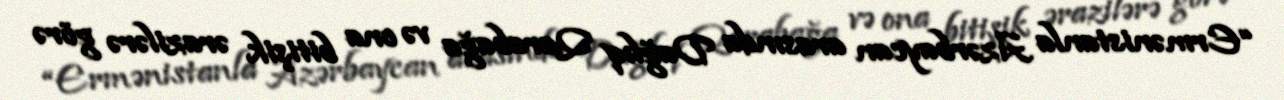
“Ermənistanla Azərbaycan arasında Dağlıq Qarabağa və ona bitişik ərazilərə görə